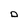
Character: 0